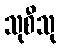
သုစီသု